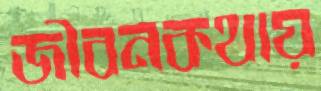
জীবনকথায়